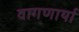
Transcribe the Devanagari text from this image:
वागणार्या